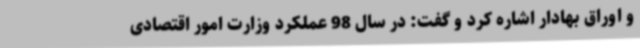
و اوراق بهادار اشاره کرد و گفت: در سال 98 عملکرد وزارت امور اقتصادی